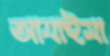
আযাইমা